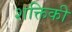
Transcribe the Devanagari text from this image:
शक्तिकी